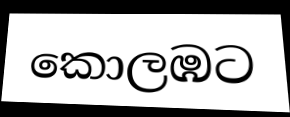
කොලඹට